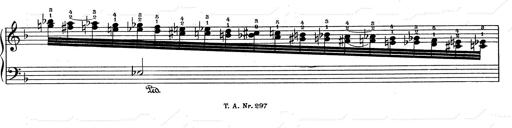
Title: RÃ©miniscences de Don Juan
Composer: Franz Liszt